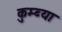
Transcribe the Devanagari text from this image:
कुम्ब्या